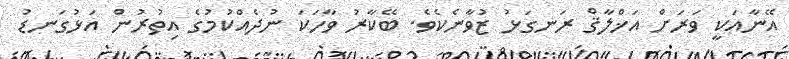
އޭނާއަކީ ވަރަށް އަޚްލާޤް ރަނގަޅު ޒުވާނެކެވެ. ބޭކާރު ވާހަކަ ނުދެއްކުމުގެ އިތުރުން އަޅުގަނޑު